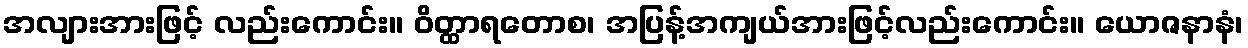
အလျားအားဖြင့် လည်းကောင်း။ ဝိတ္ထာရတောစ၊ အပြန့်အကျယ်အားဖြင့်လည်းကောင်း။ ယောဇနာနံ၊